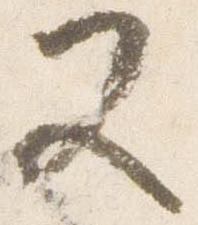
又